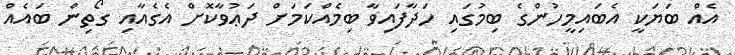
އެއް ބަޔަކީ އެބައިމީހުންގެ ބިމުގައި ހަދާފައިވާ ބިމެއްކަމަށް ދަޢުވާކޮށް އެގެއާއި ގޯތިން ބައެއް